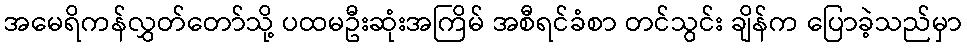
အမေရိကန်လွှတ်တော်သို့ ပထမဦးဆုံးအကြိမ် အစီရင်ခံစာ တင်သွင်း ချိန်က ပြောခဲ့သည်မှာ